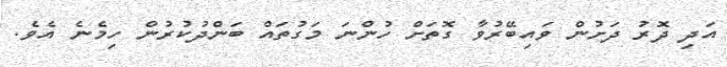
އަދި ދޮރު ދަށުން ވައިބޭރުވާ ގޮތަށް ހުންނަ މަގުތައް ބަންދުކުރުން ހިމެނެ އެވެ.